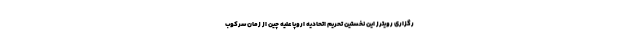
رگزاری رویترز این نخستین تحریم‌ اتحادیه اروپا علیه چین از زمان سرکوب